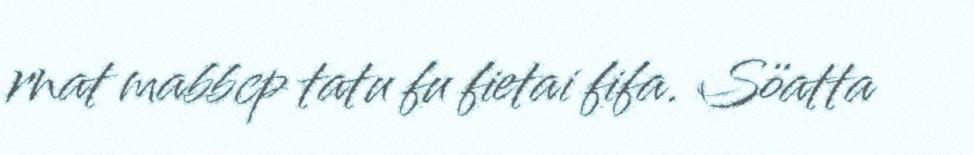
rnat mabbcp tatu fu fietai fifa. Söatta